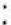
: